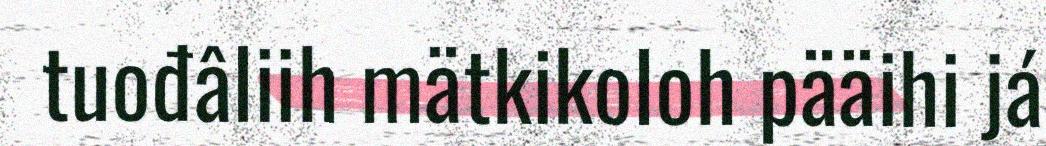
tuođâliih mätkikoloh pääihi já